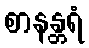
စာနန္တရံ